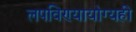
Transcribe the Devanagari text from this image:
लपविण्यायोग्यही